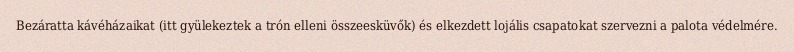
Bezáratta kávéházaikat (itt gyülekeztek a trón elleni összeesküvők) és elkezdett lojális csapatokat szervezni a palota védelmére.